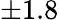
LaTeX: \pm 1.8